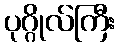
ပုဂ္ဂိုလ်ကြီး